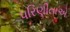
પરિણીતાએ